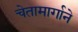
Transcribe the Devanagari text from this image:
चेतामार्गाने